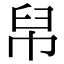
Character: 帠